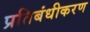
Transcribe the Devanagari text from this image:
प्रतिबंधीकरण